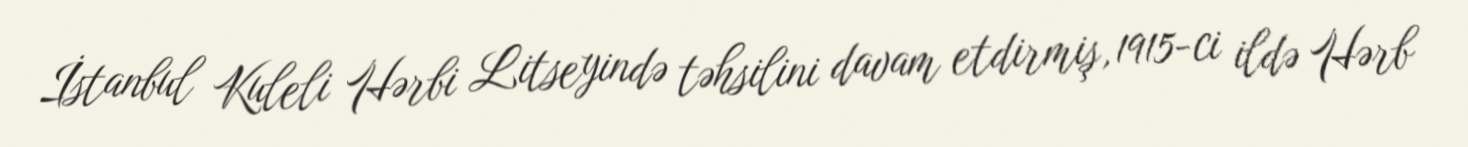
İstanbul Kuleli Hərbi Litseyində təhsilini davam etdirmiş, 1915-ci ildə Hərb